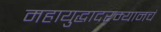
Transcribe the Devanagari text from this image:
महायुद्धादरम्यानचं